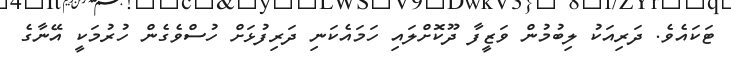
ޓަކައެވެ. ދަރިއަކު ލިބުމުން ވަޒީފާ ދޫކޮށްލައި ހަމައެކަނި ދަރިފުޅަށް ހުސްވެގެން ހުރުމަކީ އޭނާގެ